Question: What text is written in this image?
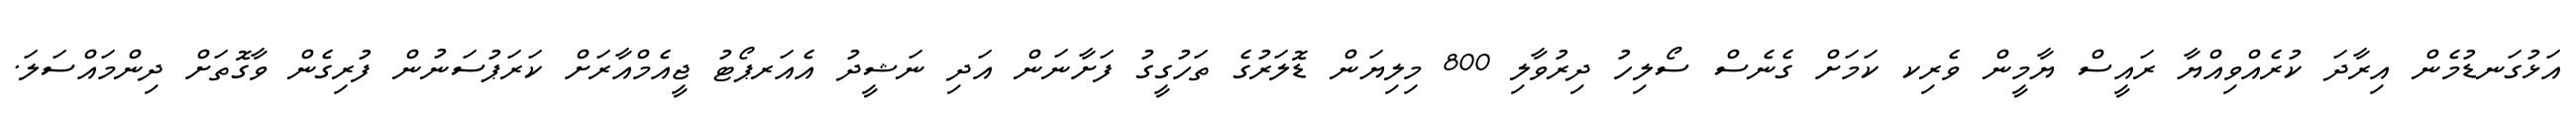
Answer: އަޅުގަނޑުމެން އިރާދަ ކުރެއްވިއްޔާ ރައީސް ޔާމީން ވެރިކ ކަމަށް ގެނެސް ސޯލިހު ދިރުވާލި 800 މިލިޔަން ޑޮލަރުގެ ތަހުގީގު ފަށާނަން އަދި ނަޝީދު އެއަރޕޯޓު ޖީއެމްއާރަށް ކަރަޕުސަނުން ފުރިގެން ވާގޮތަށް ދިންމައްސަލަ.